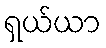
ရှယ်ယာ